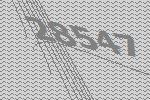
28547